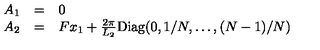
\begin{array} { l l l } { A _ { 1 } } & { = } & { 0 } \\ { A _ { 2 } } & { = } & { F x _ { 1 } + \frac { 2 \pi } { L _ { 2 } } \mathrm { D i a g } ( 0 , 1 / N , \ldots , ( N - 1 ) / N ) } \\ \end{array}